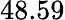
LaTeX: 48.59